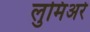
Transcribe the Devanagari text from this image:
लुमिअरे